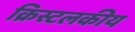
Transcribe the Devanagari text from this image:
क्रिस्टलकीय